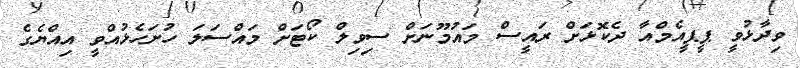
ވިދާޅުވީ ޕީޕީއެމްއާ ދެކޮޅަށް ރައީސް މައުމޫނަށް ސިވިލް ކޯޓަށް މައްސަލަ ހުށަހެޅުއްވީ އިއްޔެގެ